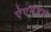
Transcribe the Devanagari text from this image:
ऐएमएच